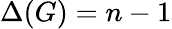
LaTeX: \Delta(G)=n-1